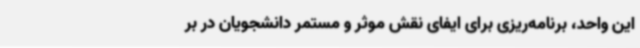
این واحد، برنامه‌ریزی برای ایفای نقش موثر و مستمر دانشجویان در بر